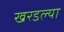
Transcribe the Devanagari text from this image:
खरडल्या